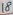
Text: 18